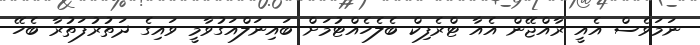
ނަމަވެސް އެއީ ރާއްޖޭން އެއާ ޓްރެފިކް ބެލެހެއްޓުމަށް ބައިނަލްއަގުވާމީ ވައިގެ ދަތުރުފަތުރާ ބެހޭ